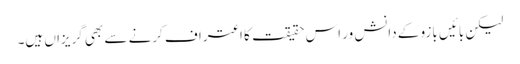
لیکن بائیں بازو کے دانش ور اس حقیقت کا اعتراف کرنے سے بھی گریزاں ہیں۔